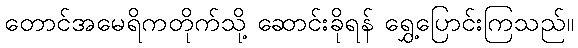
တောင်အမေရိကတိုက်သို့ ဆောင်းခိုရန် ရွှေ့ပြောင်းကြသည်။